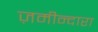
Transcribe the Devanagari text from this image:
ज़मीन्दारा